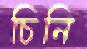
চিনি